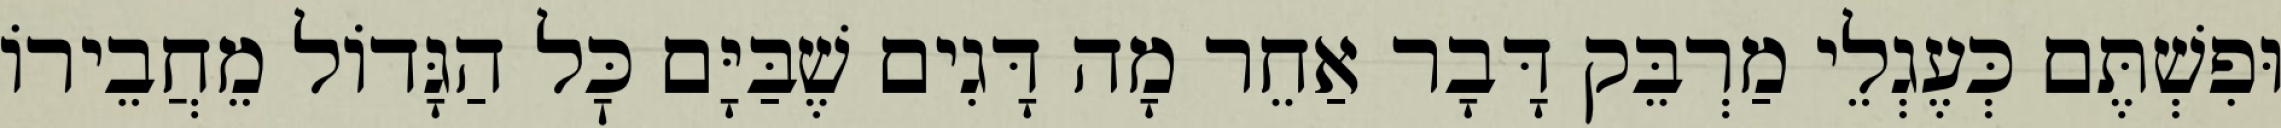
וּפִשְׁתֶּם כְּעֶגְלֵי מַרְבֵּק דָּבָר אַחֵר מָה דָּגִים שֶׁבַּיָּם כׇּל הַגָּדוֹל מֵחֲבֵירוֹ